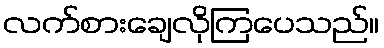
လက်စားချေလိုကြပေသည်။